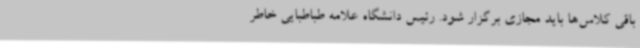
باقی کلاس‌ها باید مجازی برگزار شود. رئیس دانشگاه علامه طباطبایی خاطر